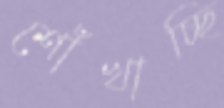
শোঁখাচ্ছি